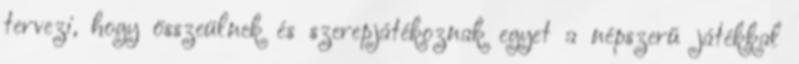
tervezi, hogy összeülnek és szerepjátékoznak egyet a népszerű játékkal